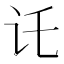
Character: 讬